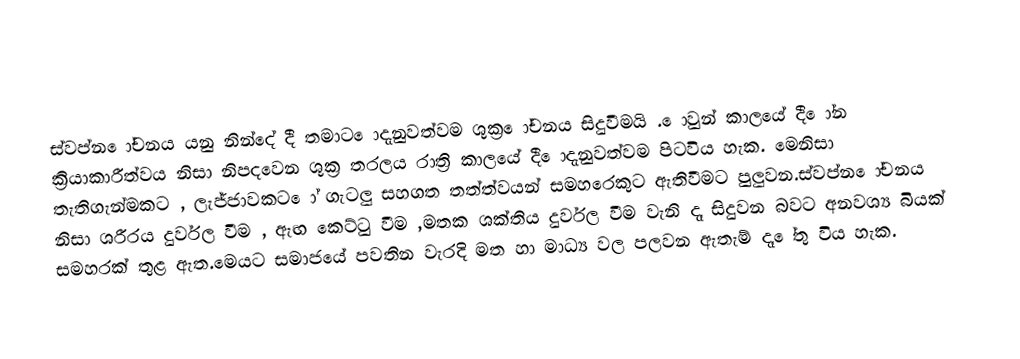
ස්වප්න  ෝචනය යනු නින්දේ දී තමාට    ොදැනුවත්වම ශුක්‍ර   ෝචනය සිදුවීමයි .  ොවුන් කාලයේ දී ෝන ක්‍රියාකාරීත්වය නිසා  නිපදවෙන ශුක්‍ර තරලය රාත්‍රි කාලයේ දී   ොදැනුවත්වම  පිටවිය හැක. මෙනිසා  තැතිගැන්මකට , ලැජ්ජාවකට     ෝ  ගැටලු සහගත තත්ත්වයන් සමහරෙකුට ඇතිවීමට පුලුවන.ස්වප්න ෝචනය නිසා ශරීරය දුර්වල වීම , ඇඟ කෙට්ටු වීම ,මතක ශක්තිය දුර්වල වීම  වැනි දෑ සිදුවන බවට අනවශ්‍ය බියක් සමහරක් තුළ ඇත.මෙයට  සමාජයේ පවතින වැරදි මත හා මාධ්‍ය වල පලවන ඇතැම් දෑ ේතු විය හැක.